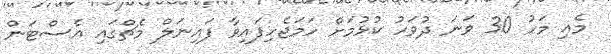
މެއި މަހު 30 ވަނަ ދުވަހު ކުޅުމަށް ހަމަޖެހިފައިވާ ފައިނަލް މެޗްގައި އެސްޓަން